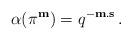
LaTeX: \begin{align*}\alpha(\pi^{\mathbf{m}}) = q^{- \mathbf{m}.\mathbf{s}}\,.\end{align*}